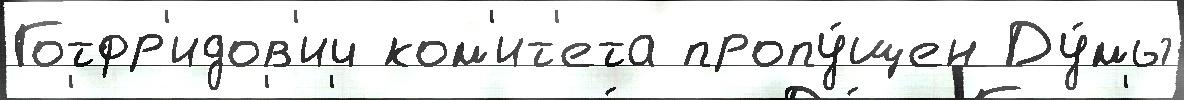
Готфр'идов'ич ком'ит'ета пропу́щен Ду́мы